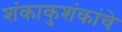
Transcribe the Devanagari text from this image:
शंकाकुशंकांचे